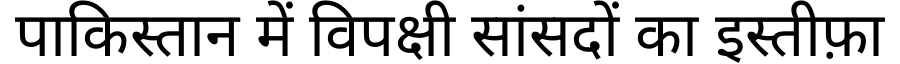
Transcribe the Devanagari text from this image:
पाकिस्तान में विपक्षी सांसदों का इस्तीफ़ा